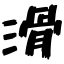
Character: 滑